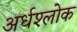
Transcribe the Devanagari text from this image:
अर्धश्लोक